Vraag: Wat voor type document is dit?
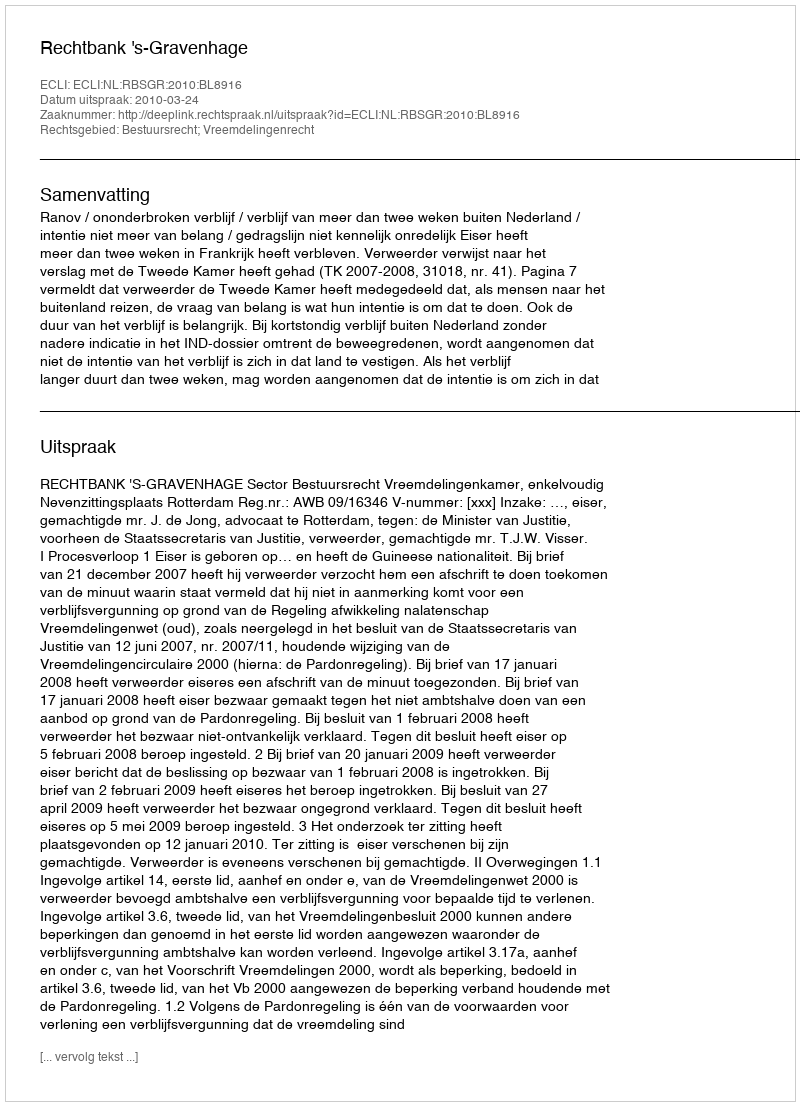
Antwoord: Uitspraak